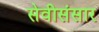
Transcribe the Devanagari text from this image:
सेवीसंसार